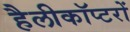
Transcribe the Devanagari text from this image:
हैलीकॉप्टरों